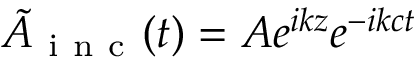
\tilde { A } _ { \mathrm { ~ i ~ n ~ c ~ } } ( t ) = A e ^ { i k z } e ^ { - i k c t }